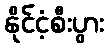
နိုင်ငံ့စီးပွား